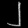
Digit: ၂